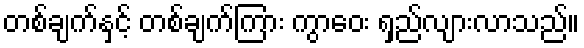
တစ်ချက်နှင့် တစ်ချက်ကြား ကွာဝေး ရှည်လျားလာသည်။